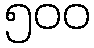
၅၀၀